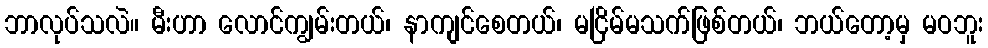
ဘာလုပ်သလဲ။ မီးဟာ လောင်ကျွမ်းတယ်၊ နာကျင်စေတယ်၊ မငြိမ်မသက်ဖြစ်တယ်၊ ဘယ်တော့မှ မဝဘူး